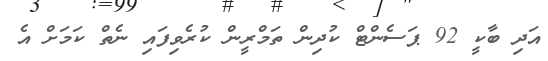
އަދި ބާކީ 92 ޕަސެންޓް ކުދިން ތަމްރީން ކުރެވިފައި ނެތް ކަމަށް އެ